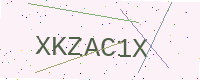
Text: XKZAC1X